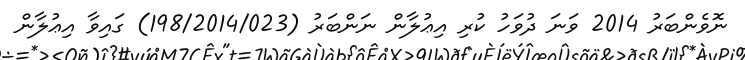
ނޮވެންބަރު 2014 ވަނަ ދުވަހު ކުރި އިޢުލާން ނަންބަރު (198/2014/023) ގައިވާ އިޢުލާން